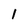
Character: 1